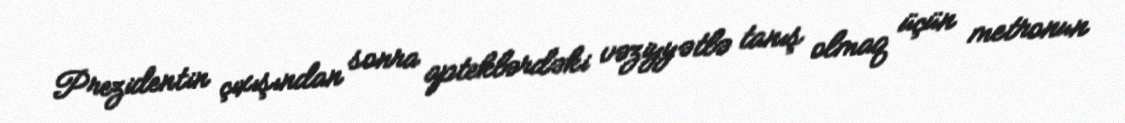
Prezidentin çıxışından sonra apteklərdəki vəziyyətlə tanış olmaq üçün metronun